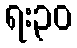
ရး၃၀